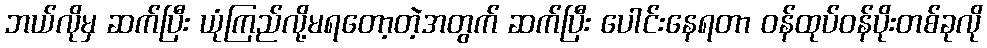
ဘယ်လိုမှ ဆက်ပြီး ယုံကြည်လို့မရတော့တဲ့အတွက် ဆက်ပြီး ပေါင်းနေရတာ ဝန်ထုပ်ဝန်ပိုးတစ်ခုလို